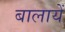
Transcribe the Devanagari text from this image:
बालायें